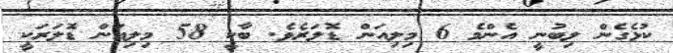
ކުޅެގެން ލިބުނީ އެންމެ 6 މިލިއަން ޑޮލަރެވެ. ބާކީ 58 މިލިއަން ޑޮލަރަކީ